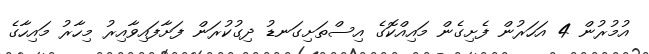
އުމުރުން 4 އަހަރުން ފެށިގެން މައިއްކޮގެ އިސްތަށިގަނޑު ދިގުކުރަން ފަށާފައިވާއިރު މިހާރު މައިހާގެ